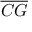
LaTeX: \overline { { C G } }